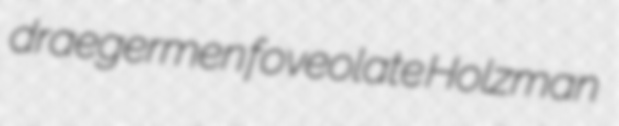
draegermen foveolate Holzman